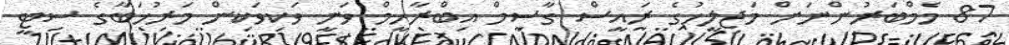
87 މެމްބަރުންނަށް މަޖިލީހުގެ ރައީސް ގާސިމް އިބްރާހީމް ވަނީ ވަކިވަކިން މަރުޚަބާގެ ސިޓީ